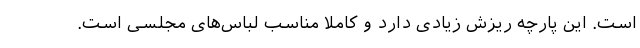
است. این پارچه ریزش زیادی دارد و کاملا مناسب لباس‌های مجلسی است.